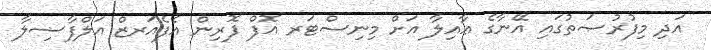
އަދި މިފުރުޞަތުގައި އޭނާގެ ޢާއިލާ އަށް މިނިސްޓަރ އޮފް ފޮރިން އެފެއަރޒް އަލްފާޟިލާ